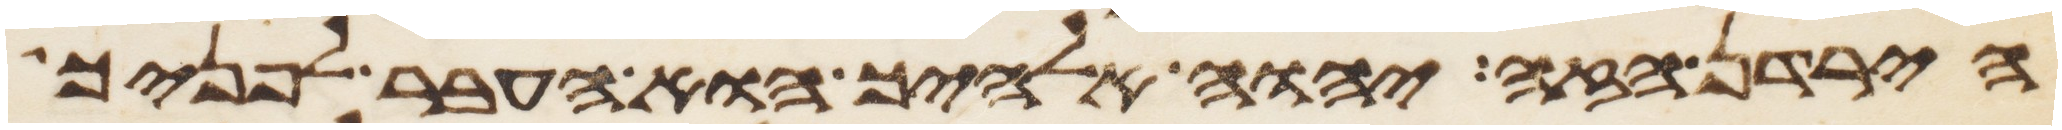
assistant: הירדן הזה יהוה אלהיך הוא העבר לפניך